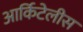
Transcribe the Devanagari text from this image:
आर्किटेलीस